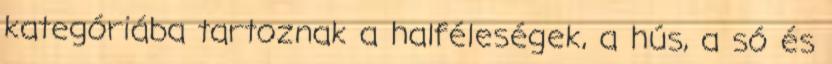
kategóriába tartoznak a halféleségek, a hús, a só és